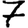
Digit: 7